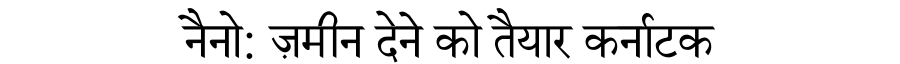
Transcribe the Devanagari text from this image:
नैनो: ज़मीन देने को तैयार कर्नाटक